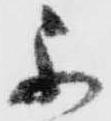
不